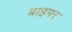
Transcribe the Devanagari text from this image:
बाइपर